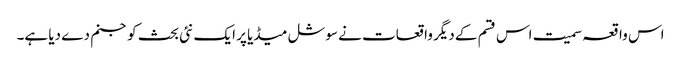
اس واقعہ سمیت اس قسم کے دیگر واقعات نے سوشل میڈیا پر ایک نئی بحث کو جنم دے دیا ہے۔